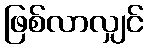
ဖြစ်လာလျှင်